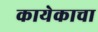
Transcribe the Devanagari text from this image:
कायेकाचा